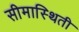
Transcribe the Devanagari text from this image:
सीमास्थिती